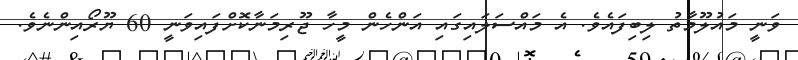
ވަނީ މައުލޫމާތު ލިބިފައެވެ. އެ މައްސަލައިގައި އަންހެން މީހާ ޖޫރިމަނާކޮށްފައިވަނީ 60 ޔޫރޯއިންނެވެ.